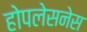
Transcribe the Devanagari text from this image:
होपलेसनेस